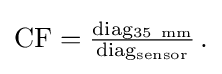
{\textstyle \mathrm {CF} ={\frac {\mathrm {diag_{35\ mm}} }{\mathrm {diag_{sensor}} }}\,.}